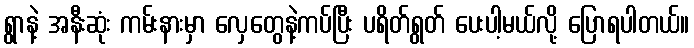
ရွာနဲ့ အနီးဆုံး ကမ်းနားမှာ လှေတွေနဲ့ကပ်ပြီး ပရိတ်ရွတ် ပေးပါ့မယ်လို့ ပြောရပါတယ်။